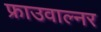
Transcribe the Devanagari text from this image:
फ्राउवाल्नर